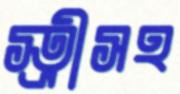
স্ত্রীসহ